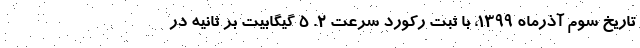
تاریخ سوم آذرماه ۱۳۹۹، با ثبت رکورد سرعت ۲. ۵ گیگابیت بر ثانیه در